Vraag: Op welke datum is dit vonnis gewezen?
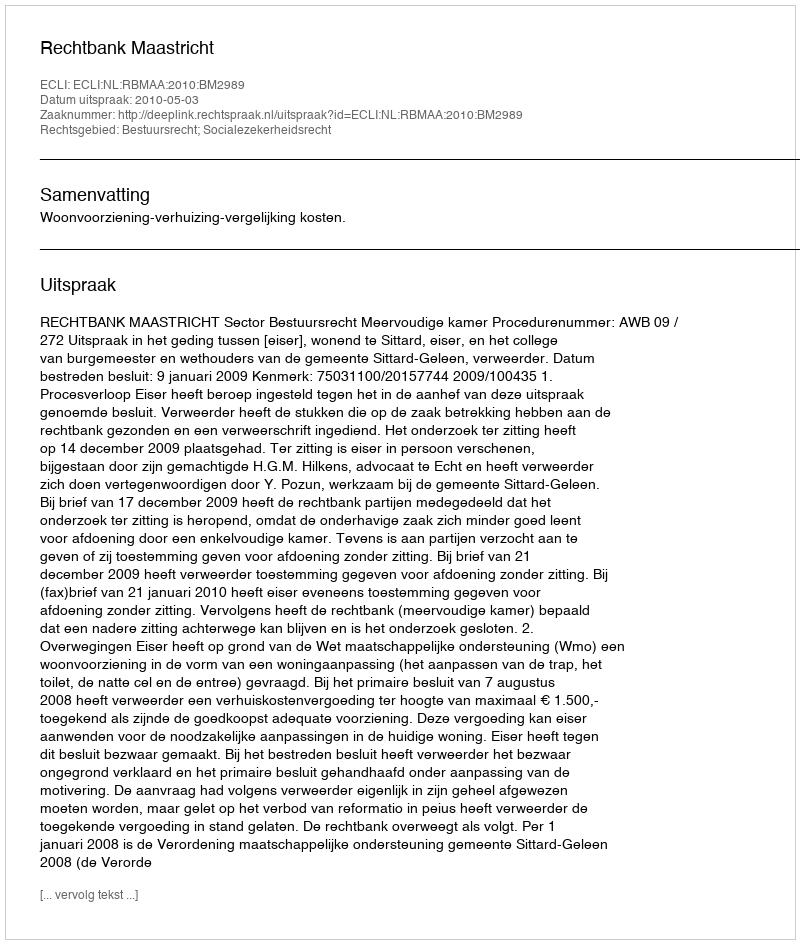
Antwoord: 2010-05-03